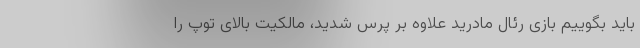
باید بگوییم بازی رئال مادرید علاوه بر پرس شدید، مالکیت بالای توپ را